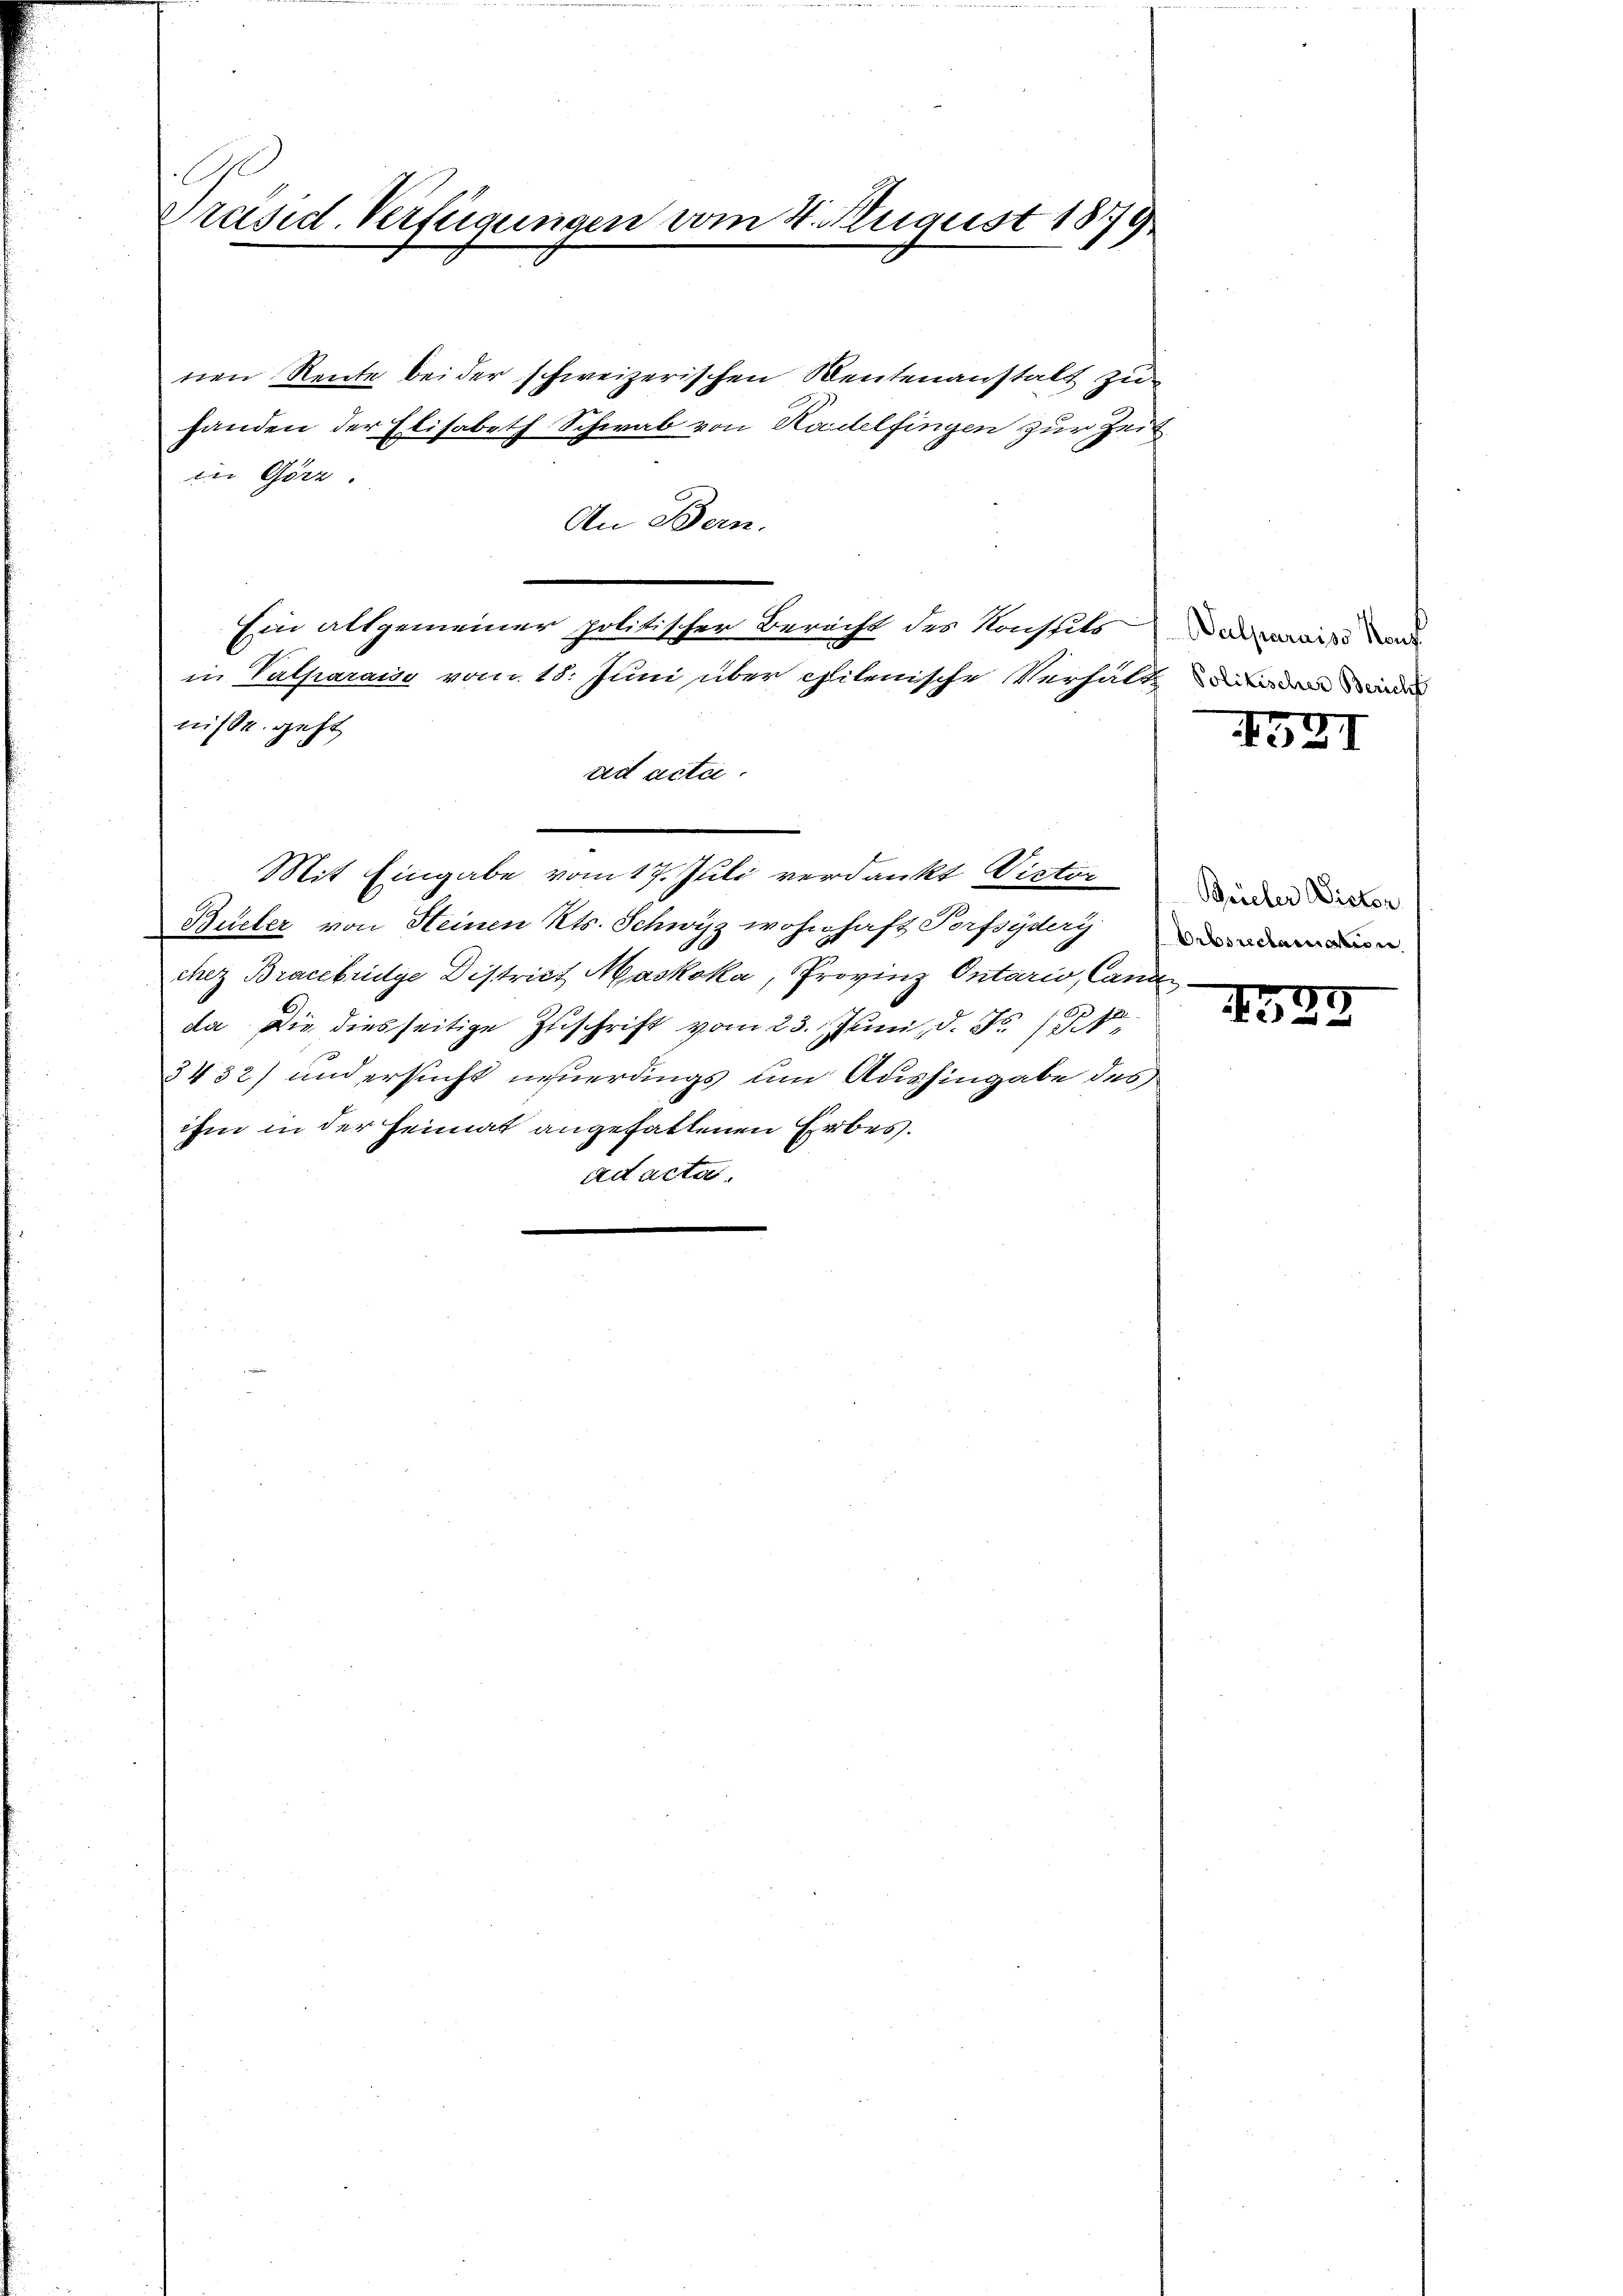
E
Präsid. Verfügungen vom 4. August 1879

nen Reute bei der schweizerischen Reutenanstalt zu
handen der Elisabeth Schwab von Kadelfingen zur Zeit
in Görz.
An Bern.
Ein altgemeiner politischer Berecht des Konsuls
in Valparais vom 18. Juni über philenische Verhältni
nisse geht
ad actii.
Mit Eingabe vom 17. Juli verdankt Victor
Büeler von Heinen Kts. Schwyz wohnhaft Torfsydery
chez Bracebrige District Maskoka, Provinz Ontaris, Cand
da die diesseitige Zuschrift vom 23. Juni, d. No. 181
3432) und ersucht neuerdings um Aushingabe des
ihm in der Heimat angehaltenen Erbesad acta.

Valparaiss Konf

521

Briefer Victor
Arbsreclamation

s
529